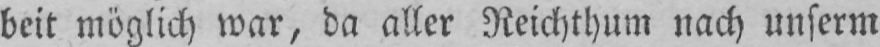
beit möglich war, da aller Reichthum nach unserm